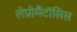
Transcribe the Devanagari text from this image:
लेप्रोमैटॉसिस